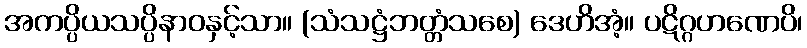
အကပ္ပိယသပ္ပိနာဝနှင့်သာ။ (သံသဋ္ဌံဘတ္တံသစေ) ဒေဟိအံ့။ ပဋိဂ္ဂဟဏေပိ၊